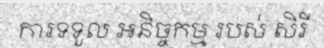
ការទទួល អនិច្ចកម្ម របស់ សិរី